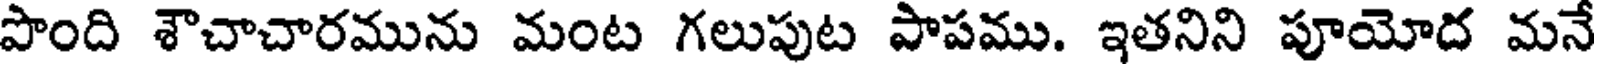
పొంది శౌచాచారమును మంట గలుపుట పాపము. ఇతనిని పూయోద మనే